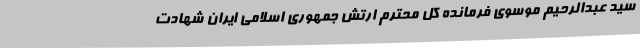
سید عبدالرحیم موسوی فرمانده کل محترم ارتش جمهوری اسلامی ایران شهادت